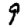
Digit: 9